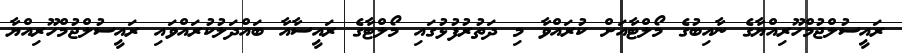
ރައީސުލްޖުމްހޫރިއްޔާގެ ނާއިބުގެ މޯލްޓާއަށް ކުރައްވާ މި ދަތުރުފުޅުގައި މޯލްޓާގެ ރައީސާއާ ބައްދަލުކުރައްވައި ރައީސުލްޖުމްހޫރިއްޔާ